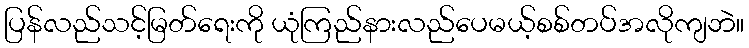
ပြန်လည်သင့်မြတ်ရေးကို ယုံကြည်နားလည်ပေမယ့်စစ်တပ်အလိုကျဘဲ။